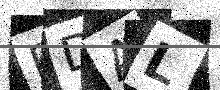
Text: BDAL